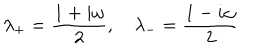
\lambda _ { + } = \frac { 1 + i \omega } { 2 } , \quad \lambda _ { - } = \frac { 1 - i \omega } { 2 }